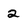
Character: 2